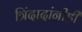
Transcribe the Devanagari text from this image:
त्रिंदादांनीही